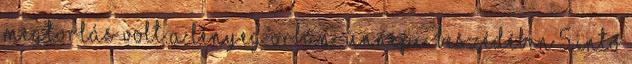
megtorlás volt a lényeg Orbán „ünnepi” beszédében 5 intő